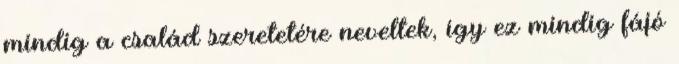
mindig a család szeretetére neveltek, így ez mindig fájó